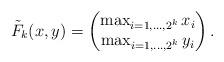
LaTeX: \begin{align*}\tilde{F}_k(x,y) = \begin{pmatrix}\max_{i=1,\ldots,2^k} x_i\\\max_{i=1,\ldots,2^k} y_i\end{pmatrix}.\end{align*}